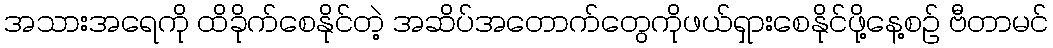
အသားအရေကို ထိခိုက်စေနိုင်တဲ့ အဆိပ်အတောက်တွေကိုဖယ်ရှားစေနိုင်ဖို့နေ့စဉ် ဗီတာမင်